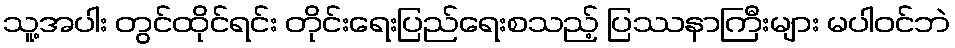
သူ့အပါး တွင်ထိုင်ရင်း တိုင်းရေးပြည်ရေးစသည့် ပြဿနာကြီးများ မပါဝင်ဘဲ